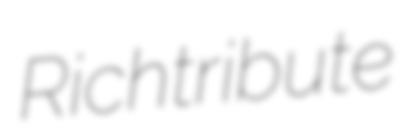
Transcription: Rich tribute